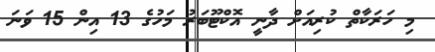
މި ހަރަކާތް ކުރިއަށް ދާނީ އޮކްޓޫބަރު މަހުގެ 13 އިން 15 ވަނަ